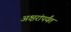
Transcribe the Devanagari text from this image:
अक्षरांपर्यंत